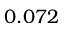
0 . 0 7 2